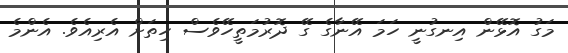
މަގު އޮޅޭން އިނގުނީ ހަމަ އޭނާގެ ގޭ ދޮރުމަތީހޭވެސް ހިތަށް އެރިއެވެ. އެންމެ